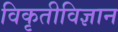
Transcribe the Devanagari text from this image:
विकृतीविज्ञान